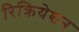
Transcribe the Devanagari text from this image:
रिक्रियेशन